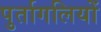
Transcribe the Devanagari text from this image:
पुर्तागलियों